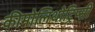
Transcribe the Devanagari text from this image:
कीमोलिथोट्रिप्सी